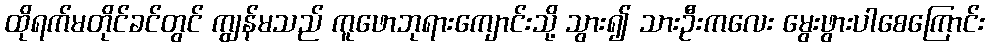
ထိုရက်မတိုင်ခင်တွင် ကျွန်မသည် ကူဖောဘုရားကျောင်းသို့ သွား၍ သားဦးကလေး မွေးဖွားပါစေကြောင်း